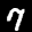
Label: 7